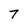
Character: 7